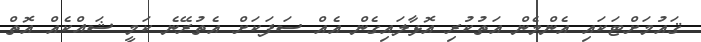
ޤައުމަށްޓަކައި އެންމެން އަތުކުރި އޮޅާލައިގެން އެއް ސަފަކަށް އެތުރޭނެ ކަމީ ޝައްކެއް އޮތް